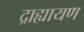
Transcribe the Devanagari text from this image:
द्राह्यायण